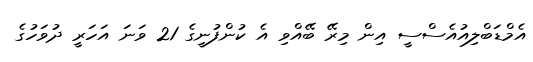
އެމްޑަބްލިއުއެސްސީ އިން މިރޭ ބޭއްވި އެ ކުންފުނީގެ 21 ވަނަ އަހަރީ ދުވަހުގެ